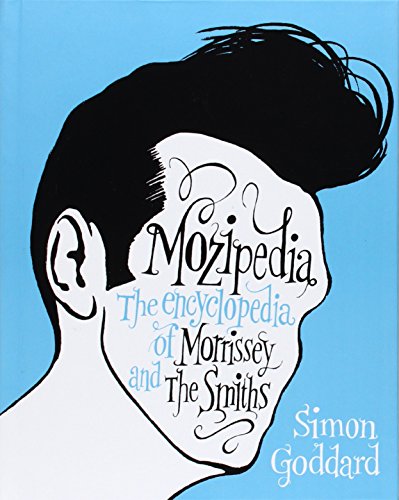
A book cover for Mozipedia: The Encyclopedia of Morrissey and The Smiths; Simon Goddard; Reference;